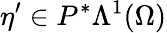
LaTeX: \eta^{\prime}\in P^{\ast}\Lambda^{1}(\Omega)